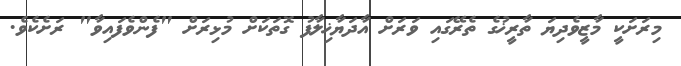
މިރަށަކީ މާޒީވެދިޔަ ތާރީޚުގެ ތެރޭގައި ވަރަށް އާދަޔާޚިލާފު ގޮތަކަށް މުޅިރަށް "ފެންވެފައިވާ" ރަށެކެވެ.